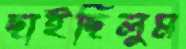
ছাইছিলুম